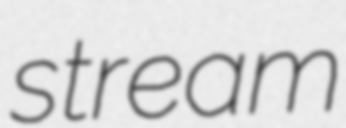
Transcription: stream